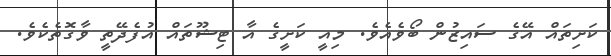
ކަށިތައް އޭގެ ސައިޒުން ބޯވެއެވެ. މިއީ ކަށީގެ އާ ޓިޝޫތައް އުފެދޭތީ ވާގޮތެކެވެ.